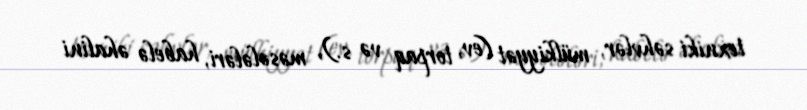
texniki səhvlər, mülkiyyət (ev, torpaq və s.), məsələləri, habelə əhalini